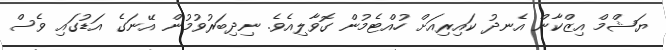
ޔަޝްމް އިޒްކާން އެނދު ކައިރިއަށް ހުއްޓެމުން ގޮވާލިއެވެ. ނިދިބަރުވުމުން އޭނަގެ އަޑުގައި ވެސް